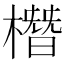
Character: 橬